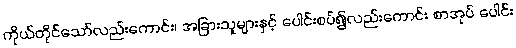
ကိုယ်တိုင်သော်လည်းကောင်း၊ အခြားသူများနှင့် ပေါင်းစပ်၍လည်းကောင်း စာအုပ် ပေါင်း